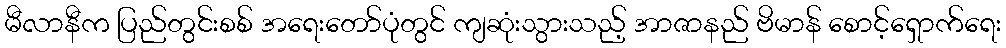
မီလာနီက ပြည်တွင်းစစ် အရေးတော်ပုံတွင် ကျဆုံးသွားသည့် အာဇာနည် ဗိမာန် စောင့်ရှောက်ရေး